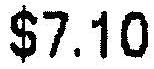
$7.10